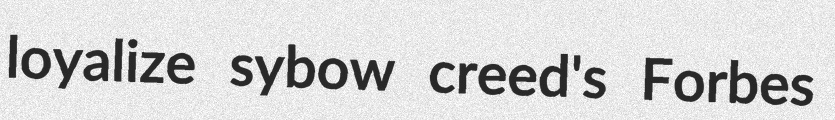
loyalize sybow creed's Forbes